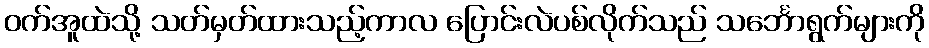
ဝက်အူထဲသို့ သတ်မှတ်ထားသည့်ကာလ ပြောင်းလဲပစ်လိုက်သည် သင်္ဘောရွက်များကို